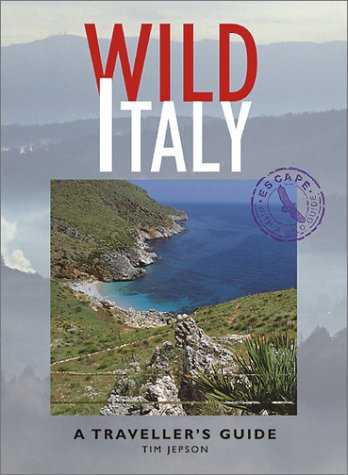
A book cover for Wild Italy: A Traveller's guide; Tim Jepson; Travel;